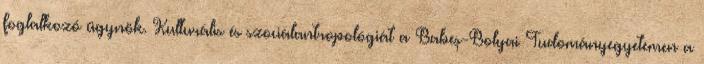
foglalkozó ügynök. Kulturális és szociálantropológiát a Babeş-Bolyai Tudományegyetemen a